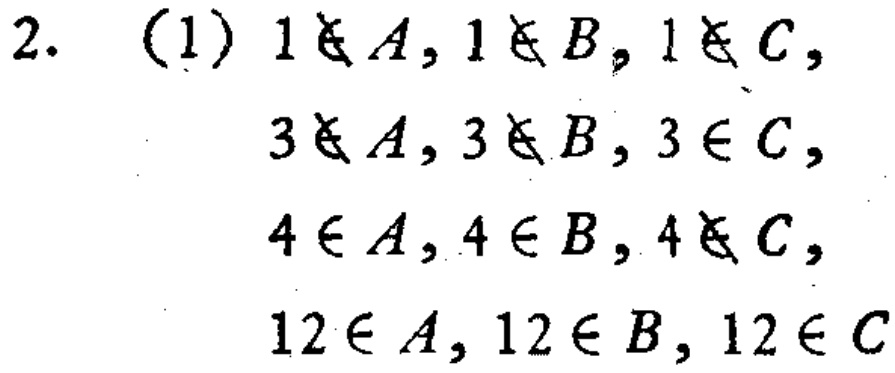
2. (1) $1\notin A,1\notin B,1\notin C,$

$3\notin A,3\notin B,3\in C,$

$4\in A,4\in B,4\notin C,$

$12\in A,12\in B,12\in C$